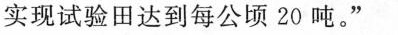
实现试验田达到每公顷20吨。